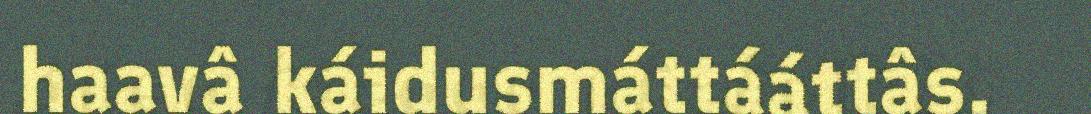
haavâ káidusmáttááttâs.